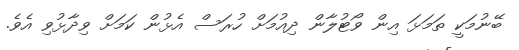
ބޭނުމަކީ ތަމަޅަ އިން ވޯޓުލާން ދިއުމަށް ހުރަސް އެޅުން ކަމަށް ވިދާޅުވި އެވެ.